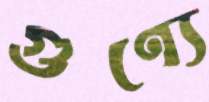
গুণ্যে